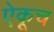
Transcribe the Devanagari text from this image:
ऐकूच